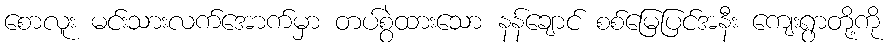
စောလူး မင်းသားလက်အောက်မှာ တပ်စွဲထားသော နန်ချောင် စစ်မြေပြင်အနီး ကျေးရွာတို့ကို